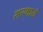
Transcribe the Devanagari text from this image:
सरमाये